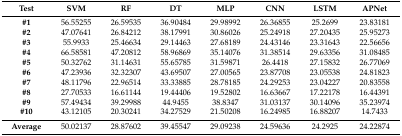
| Test | SVM | RF | DT | MLP | CNN | LSTM | APNet |
 | --- | --- | --- | --- | --- | --- | --- | --- |
 | #1 | 56.55255 | 26.59535 | 36.90484 | 29.98992 | 26.36855 | 25.2699 | 23.83181 |
 | #2 | 47.07641 | 26.84212 | 38.17991 | 30.86026 | 25.24918 | 27.20435 | 25.95273 |
 | #3 | 55.9933 | 25.46634 | 29.14463 | 27.68189 | 24.43146 | 23.31643 | 22.56656 |
 | #4 | 66.58581 | 47.20812 | 58.96869 | 35.14076 | 31.38514 | 29.63356 | 31.08485 |
 | #5 | 50.32762 | 31.14631 | 55.65785 | 31.59871 | 26.4418 | 27.15832 | 26.77069 |
 | #6 | 47.23936 | 32.32307 | 43.69507 | 27.00565 | 23.87708 | 23.05538 | 24.81823 |
 | #7 | 48.11796 | 22.96514 | 33.33885 | 28.78185 | 24.29253 | 23.04227 | 20.83558 |
 | #8 | 27.70533 | 16.61144 | 19.44406 | 19.52802 | 16.63667 | 17.22178 | 16.44391 |
 | #9 | 57.49434 | 39.29988 | 44.9455 | 38.8347 | 31.03137 | 30.14096 | 35.23974 |
 | #10 | 43.12105 | 20.30241 | 34.27529 | 21.50208 | 16.24985 | 16.88207 | 14.7433 |
 | Average | 50.02137 | 28.87602 | 39.45547 | 29.09238 | 24.59636 | 24.2925 | 24.22874 |